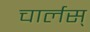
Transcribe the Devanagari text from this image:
चार्लस्‌